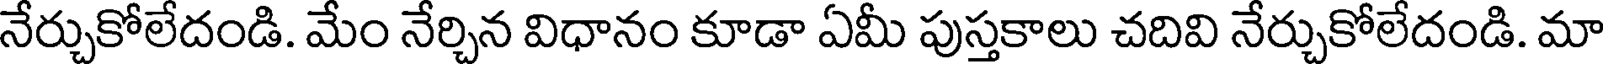
నేర్చుకోలేదండి. మేం నేర్చిన విధానం కూడా ఏమీ పుస్తకాలు చదివి నేర్చుకోలేదండి. మా